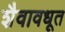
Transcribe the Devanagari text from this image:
शैवावधूत